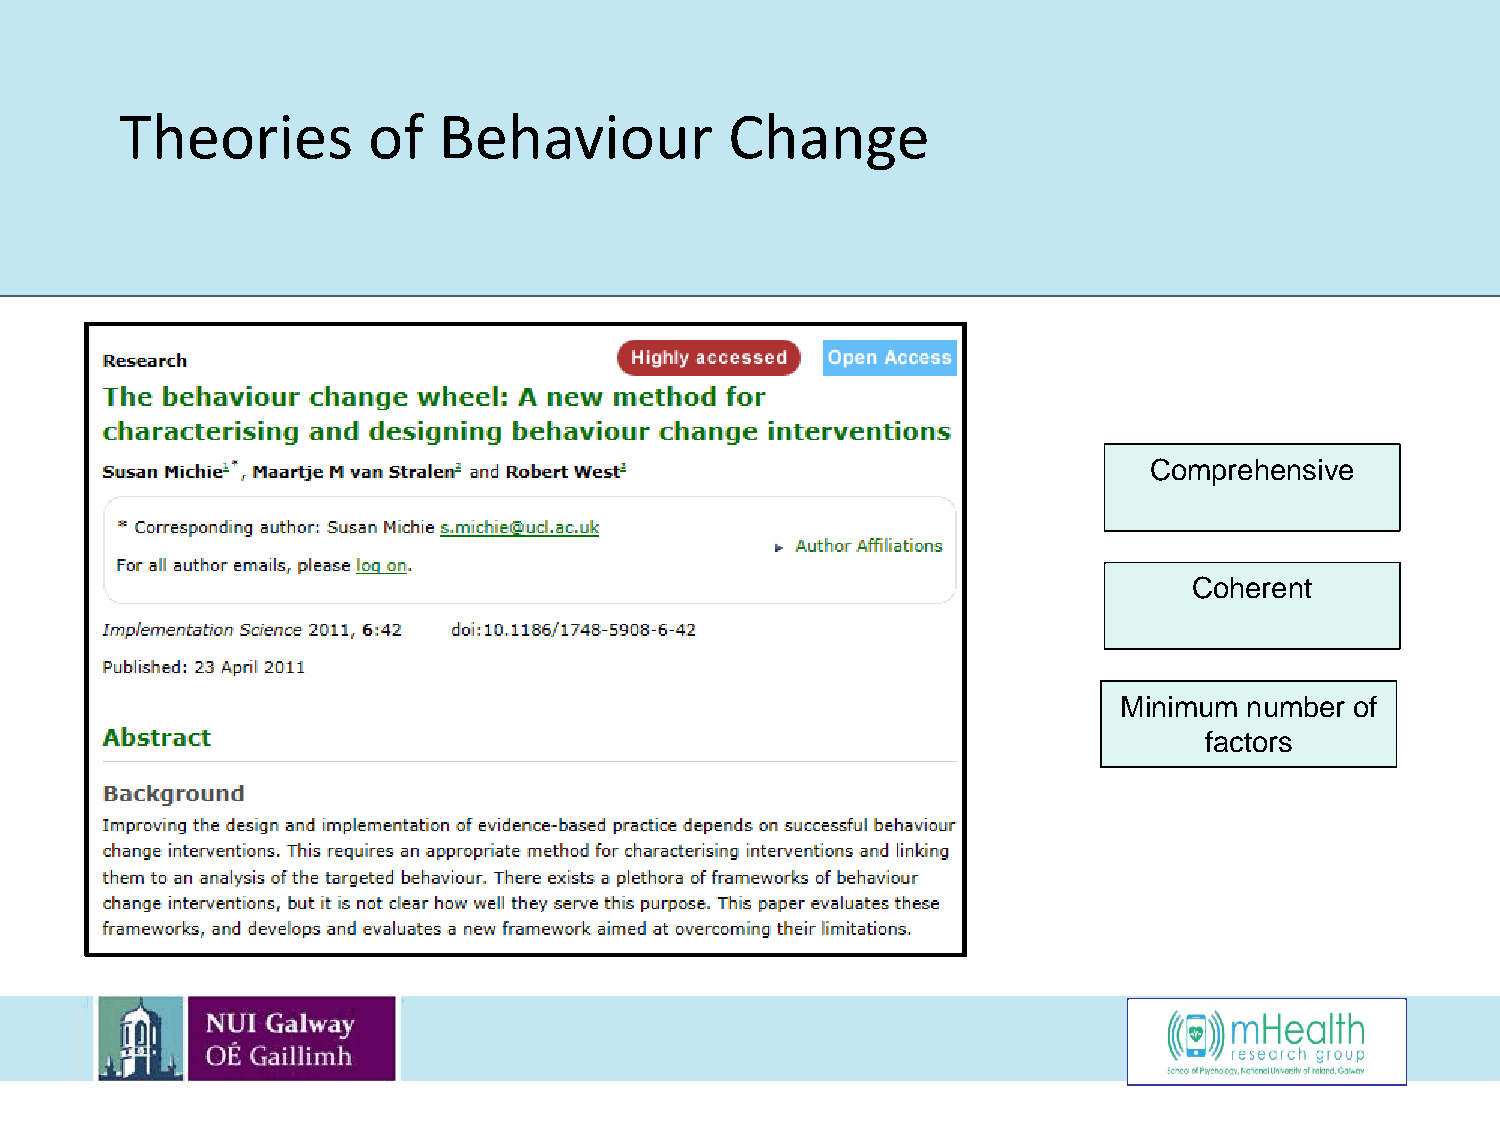
Theories        of   Behaviour          Change
 Comprehensive
 Coherent
 Minimum  number of
 factors